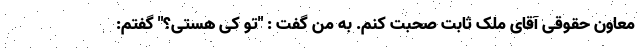
معاون حقوقی آقای ملک ثابت صحبت کنم. به من گفت : "تو کی هستی؟" گفتم: